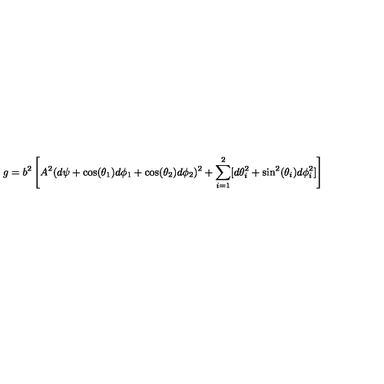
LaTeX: g = b ^ { 2 } \left[ A ^ { 2 } ( d \psi + \cos ( \theta _ { 1 } ) d \phi _ { 1 } + \cos ( \theta _ { 2 } ) d \phi _ { 2 } ) ^ { 2 } + \sum _ { i = 1 } ^ { 2 } [ d \theta _ { i } ^ { 2 } + \sin ^ { 2 } ( \theta _ { i } ) d \phi _ { i } ^ { 2 } ] \right]